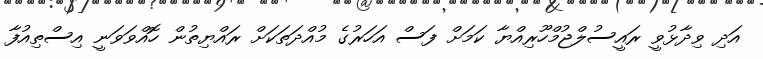
އަދި ވިދާޅުވީ ރައީސުލްޖުމްހޫރިއްޔާ ކަމަށް ފަސް އަހަރުގެ މުއްދަތަކަށް ރައްޔިތުން ހޮއްވަވަނީ އިސްތިއުފާ